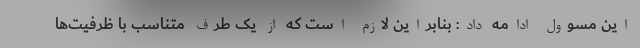
این مسوول ادامه داد: بنابراین لازم است که از یک طرف متناسب با ظرفیت‌ها